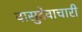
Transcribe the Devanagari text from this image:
वासुदेवाचारी